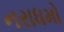
નરાધમો